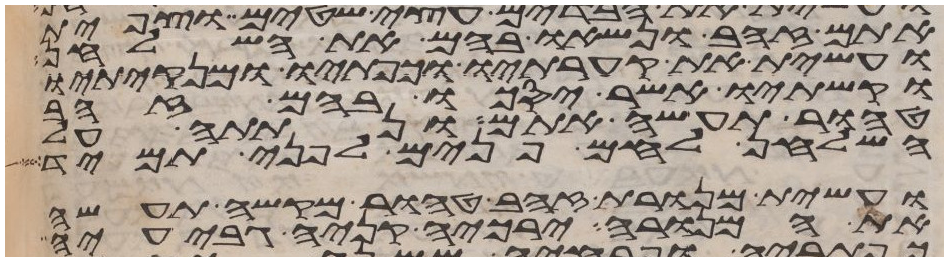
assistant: אתם זהב ונשאו בהם את השלחן
ועשית את קערתיו וכפתיו ומנקיתיו
וקשתיו אשר יסכו בהם זהב
טהור תעשה אתם ונתתה על
השלחן לחם פנים לפני תמיד
ועשית מנורת זהב טהור מקשה תעשה
את המנורה ירכיה קניה גביעיה